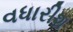
વધારીશ